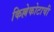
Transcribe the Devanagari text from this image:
किल्लेकोटाची